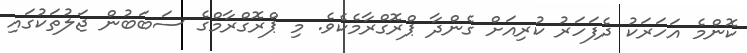
ކޮންމެ އަހަރަކު ދެފަހަރު ކުރިއަށް ގެންދާ ޕްރޮގްރާމެކެވެ. މި ޕްރޮގްރާމްގެ ސަބަބުން ޖަލުތަކުގައި